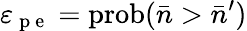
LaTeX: \varepsilon_{\mathrm{~p~e~}}=\mathrm{prob}(\bar{n}>\bar{n}^{\prime})